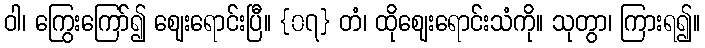
ဝါ၊ ကြွေးကြော်၍ ဈေးရောင်းပြီ။ {၀၇} တံ၊ ထိုဈေးရောင်းသံကို။ သုတွာ၊ ကြားရ၍။